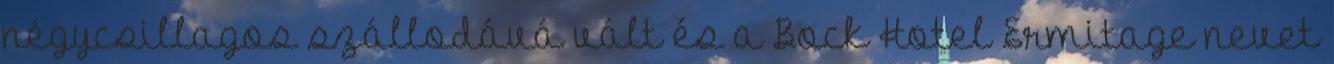
négycsillagos szállodává vált és a Bock Hotel Ermitage nevet